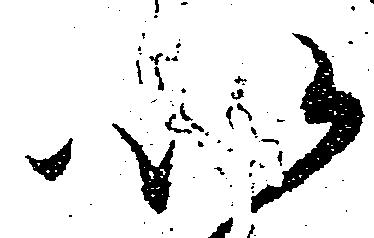
以